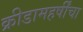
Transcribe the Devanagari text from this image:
क्रीडामहर्षींचा